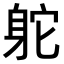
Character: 𨈷